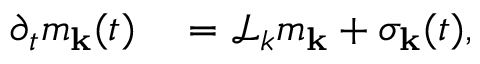
\begin{array} { r l } { \partial _ { t } m _ { \bf k } ( t ) } & { { } = \mathcal { L } _ { k } m _ { \bf k } + \sigma _ { \bf k } ( t ) , } \end{array}